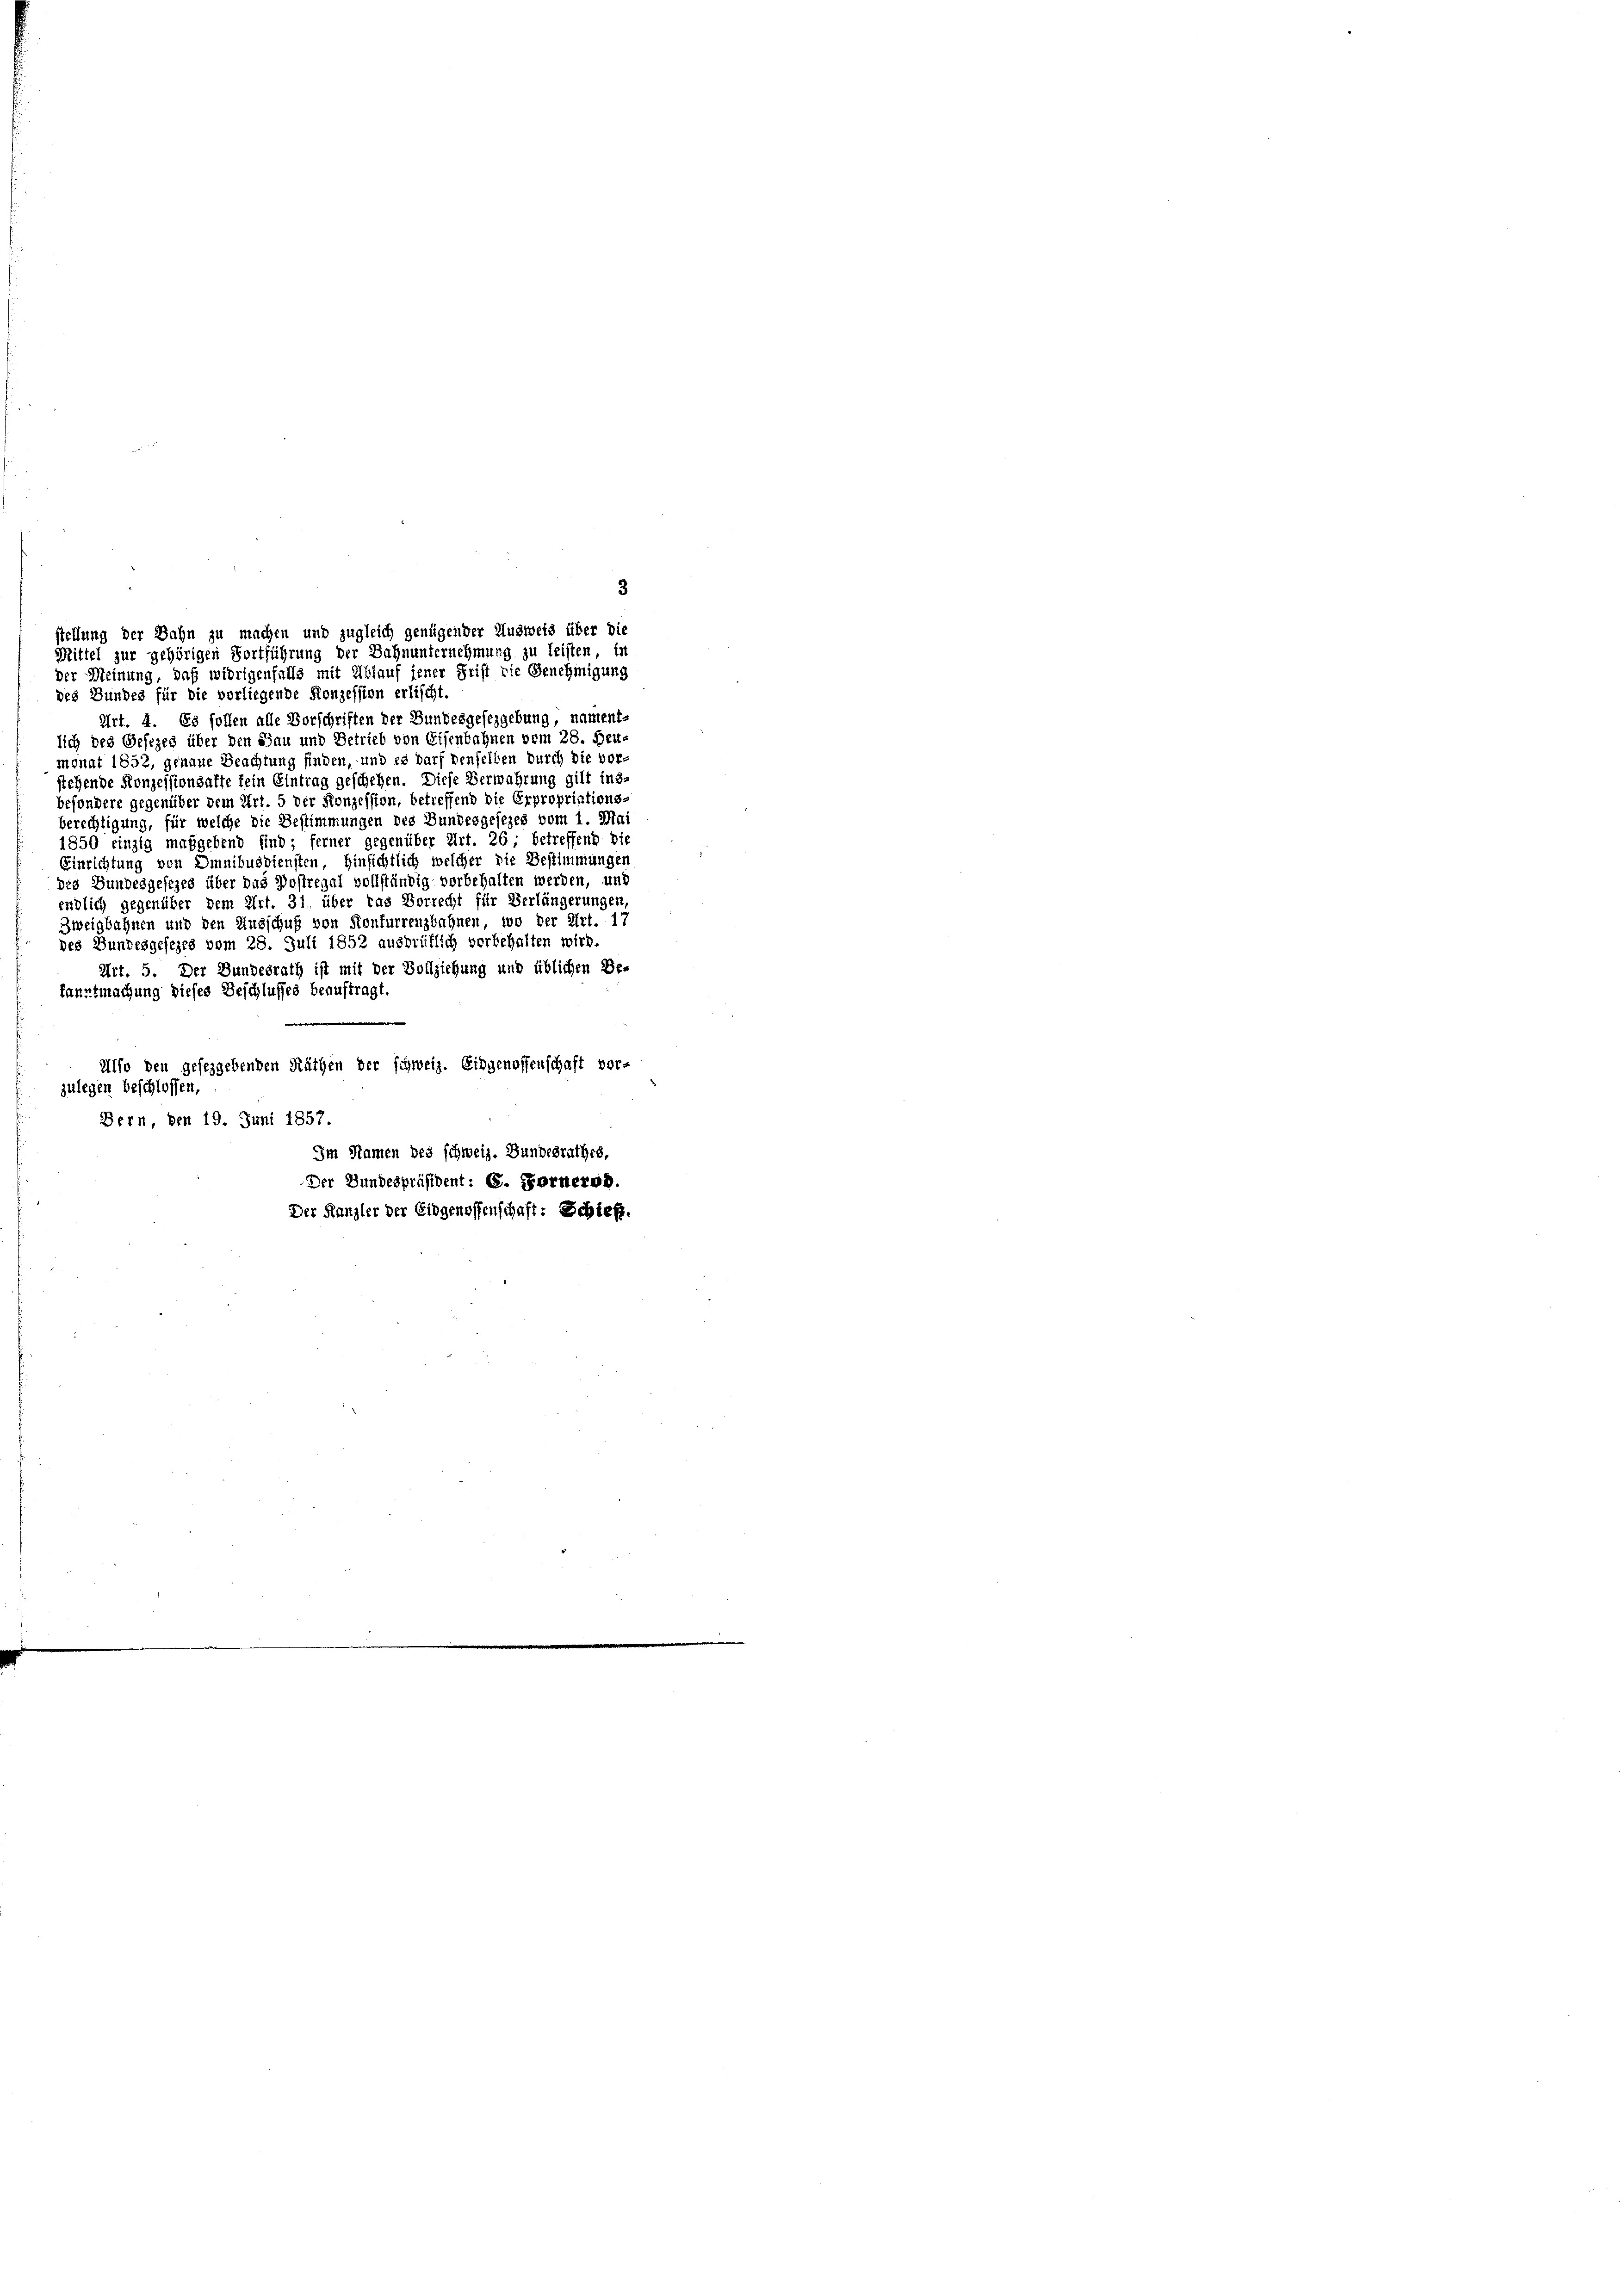
des Bundes für die vorliegende Konzession erlischt.
Art. 4. Es sollen alle Vorschriften der Bundesgefezgebung, nament-
lich des Gesezes über den Sau und Betrieb von Eisenbahnen vom 28. Feumonat 1852, genaue Beachtung finden, und es darf denselben durch die vorstehende Konzessionsalte fein Eintrag geschehen. Diese Verwahrung gilt ins-
besondere gegenüber dem Art. 5 der Konzession, betreffend die Erpropriations-
berechtigung, für welche die Bestimmungen des Bundesgesezes vom 1. Mai
1850 einzig maßgebend sind; ferner gegenüber Art. 26 ; betreffend die
Einrichtung von Omnibusdiensten, Hinsichtlich welcher die Bestimmungen
des Bundesgesezes über das Postregal vollständig vorbehalten werden, und
endlich gegenüber dem Art. 31, über das Vorrecht für Verlängerungen,
Zweigbahnen und den Ausschuß von Konfurrenzbahnen, wo der Art. 17
des Bundesgesezes vom 28. Juli 1852 ausbrüflich verbehalten wird.
Art. 5. Der Bundesrath ist mit der Vollziehung und üblichen Be-
fanntmachung dieses Beschlusses beauftragt,
Alfo den geseggebenden Räthen der schweiz. Eidgenossenschaft vor-
zulegen beschlossen
Bern, den 19. Juni 1857.
Im Namen des schweiz. Bundesrathes,

stellung der Bahn zu machen und zugleich genügender Ausweis über die
Mittel zur gehörigen Fortführung der Bahnunternehmung zu leisten, in
der Meinung, daß widrigenfalls mit Ablauf jener Frist die Genehmigung

Der Bundespräsident: 6. Fornerod.
Der Kanzler der Eidgenossenschaft: Schieß.